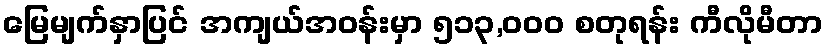
မြေမျက်နှာပြင် အကျယ်အဝန်းမှာ ၅၁၃,၀၀၀ စတုရန်း ကီလိုမီတာ